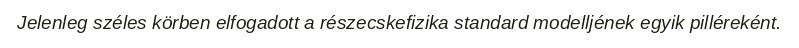
Jelenleg széles körben elfogadott a részecskefizika standard modelljének egyik pilléreként.